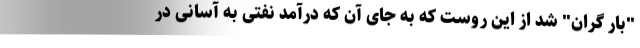
"بار گران" شد از این روست که به جای آن که درآمد نفتی به آسانی در